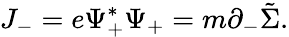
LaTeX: J_{-}=e{\Psi}_{+}^{\ast}{\Psi}_{+}=m{\partial}_{-}\tilde{\Sigma}.